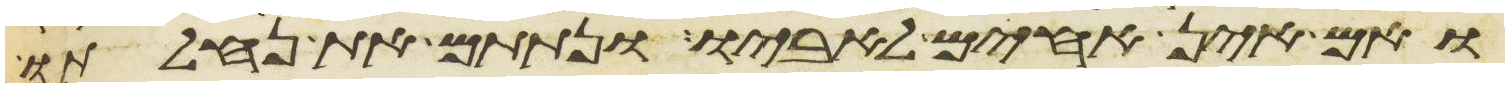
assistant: ואם אין אחים לאביו ונתתם את נחלתו